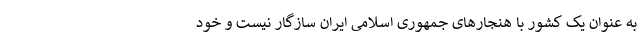
به عنوان یک کشور با هنجارهای جمهوری اسلامی ایران سازگار نیست و خود